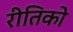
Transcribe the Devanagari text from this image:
रीतिको